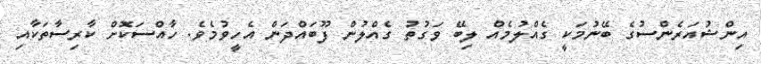
އިންޝުއަރެންސުގެ ބޭނުމަކީ ގެއްލުމެއް ލިބޭ ވަގުތު ގެއްލުން ފޫބައްދަން އެހީވުމެވެ. ހާއްސަކޮށް ކާރިސާތަކާއި